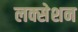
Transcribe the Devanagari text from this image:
लक्सेशन